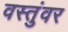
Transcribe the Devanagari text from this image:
वस्तुंवर